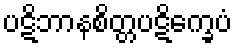
ပဋိဘာနစိတ္တပဋိက္ခေပံ